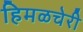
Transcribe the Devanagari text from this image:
हिमळचेरी